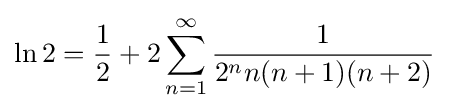
\ln 2={\frac {1}{2}}+2\sum _{n=1}^{\infty }{\frac {1}{2^{n}n(n+1)(n+2)}}